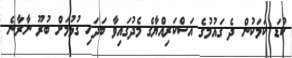
ކުޑަ ކަމަކުން ދެ ގައުމުގެ އަސްކަރިއްޔާގެ މެދުގައިވާ ބަދަހި ގުޅުމަށް ބުރޫ ނާރާނެ